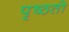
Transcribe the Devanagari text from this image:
पृष्ठतो